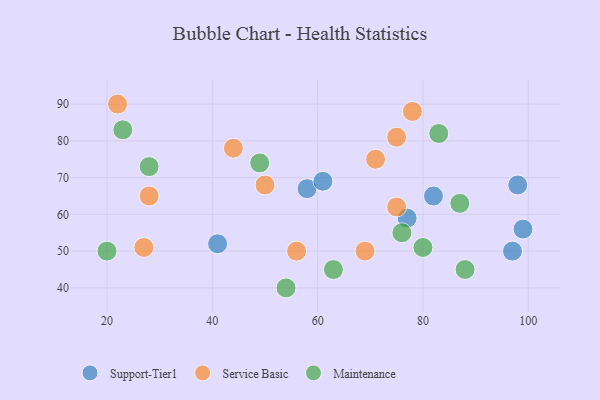
{"axis": {"x": "GDP", "y": "Life Expectancy"}, "legend": ["Maintenance", "Service Basic", "Support-Tier1"], "data": [{"x": "41", "y": 52, "type": "Support-Tier1"}, {"x": "77", "y": 59, "type": "Support-Tier1"}, {"x": "99", "y": 56, "type": "Support-Tier1"}, {"x": "82", "y": 65, "type": "Support-Tier1"}, {"x": "98", "y": 68, "type": "Support-Tier1"}, {"x": "58", "y": 67, "type": "Support-Tier1"}, {"x": "97", "y": 50, "type": "Support-Tier1"}, {"x": "61", "y": 69, "type": "Support-Tier1"}, {"x": "75", "y": 62, "type": "Service Basic"}, {"x": "27", "y": 51, "type": "Service Basic"}, {"x": "56", "y": 50, "type": "Service Basic"}, {"x": "44", "y": 78, "type": "Service Basic"}, {"x": "78", "y": 88, "type": "Service Basic"}, {"x": "22", "y": 90, "type": "Service Basic"}, {"x": "69", "y": 50, "type": "Service Basic"}, {"x": "71", "y": 75, "type": "Service Basic"}, {"x": "28", "y": 65, "type": "Service Basic"}, {"x": "50", "y": 68, "type": "Service Basic"}, {"x": "75", "y": 81, "type": "Service Basic"}, {"x": "49", "y": 74, "type": "Maintenance"}, {"x": "20", "y": 50, "type": "Maintenance"}, {"x": "28", "y": 73, "type": "Maintenance"}, {"x": "87", "y": 63, "type": "Maintenance"}, {"x": "76", "y": 55, "type": "Maintenance"}, {"x": "54", "y": 40, "type": "Maintenance"}, {"x": "63", "y": 45, "type": "Maintenance"}, {"x": "88", "y": 45, "type": "Maintenance"}, {"x": "83", "y": 82, "type": "Maintenance"}, {"x": "80", "y": 51, "type": "Maintenance"}, {"x": "23", "y": 83, "type": "Maintenance"}]}